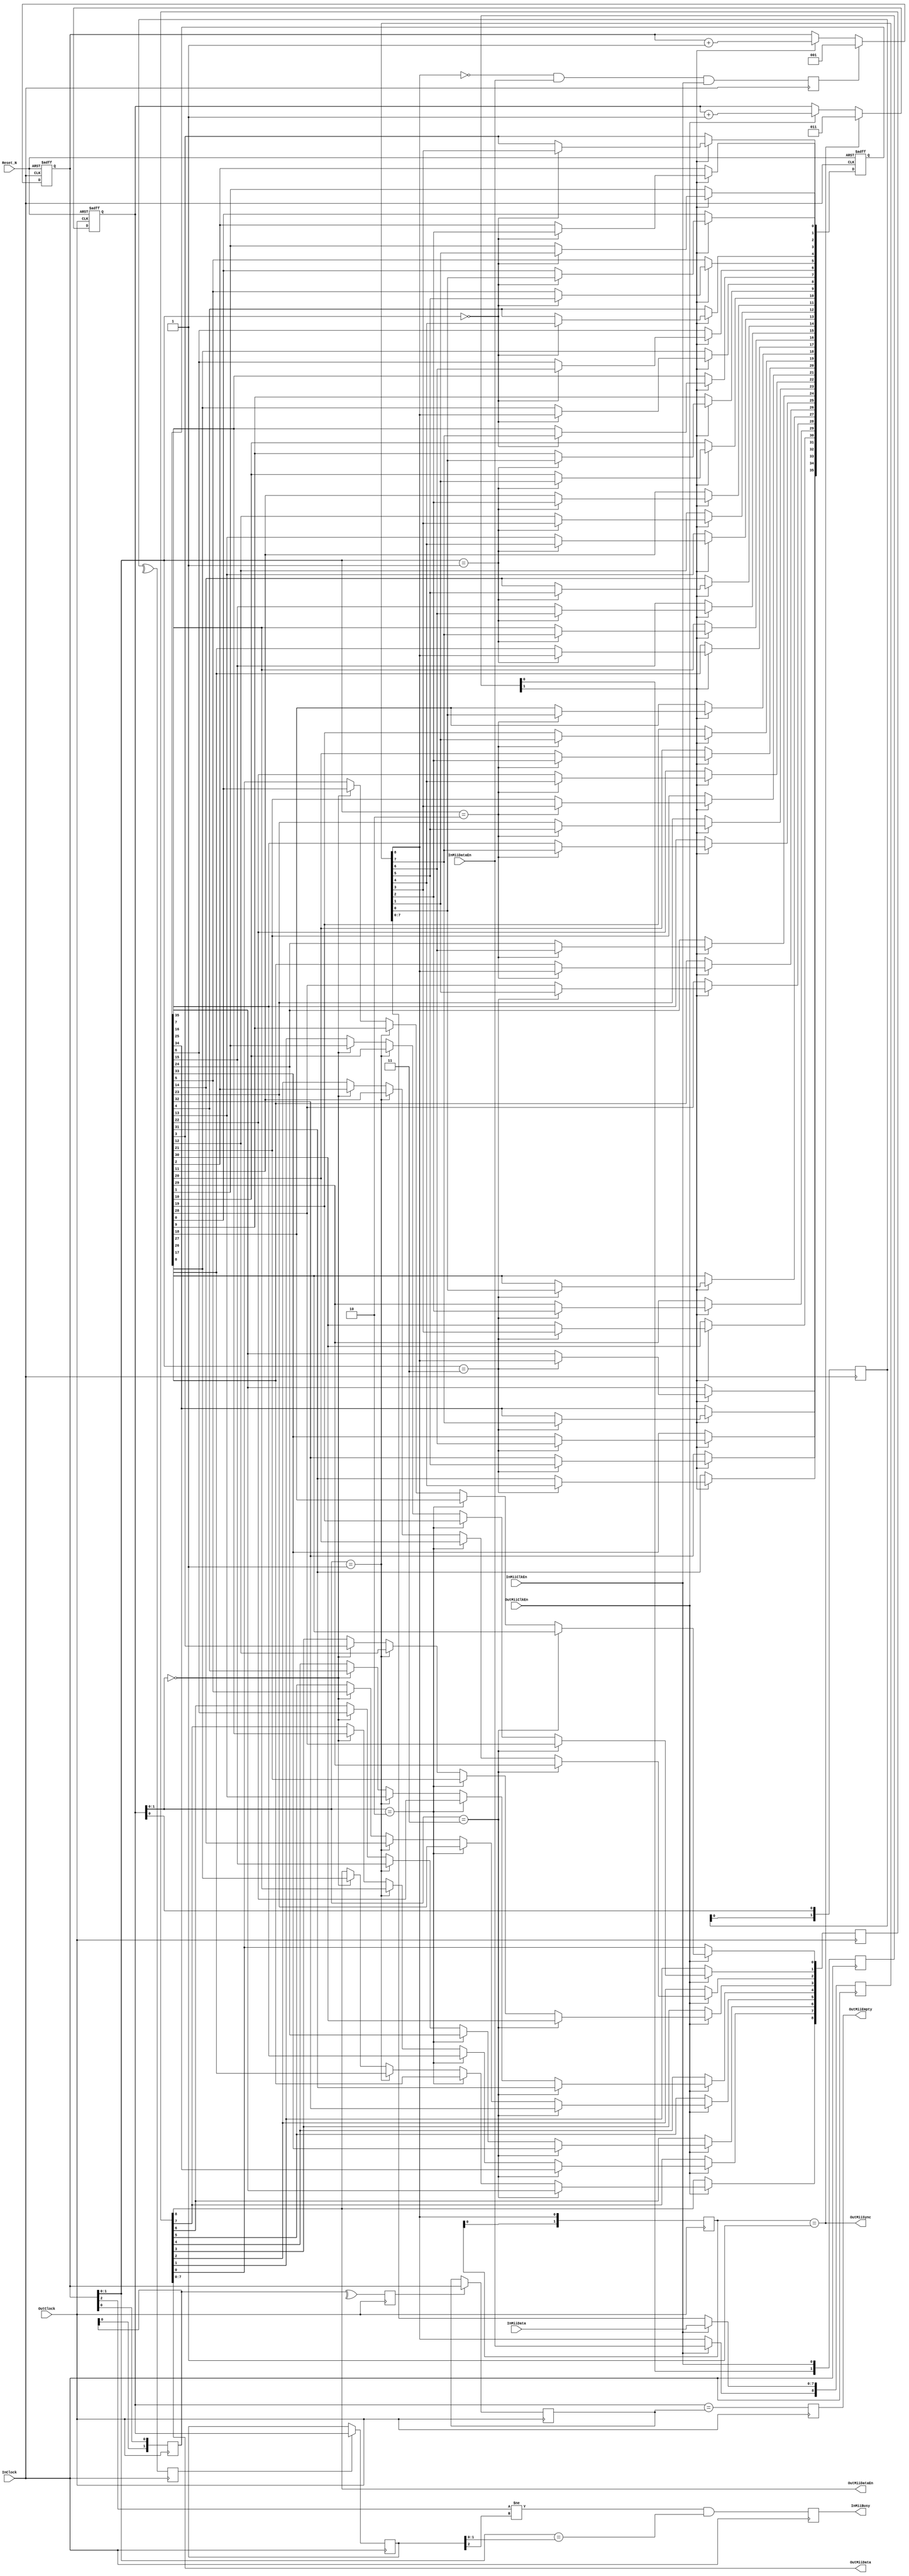
`timescale 100ps/10ps
//`define Efinity_Debug

///////////////////////////////////////////////////////////
/**********************************************************
	

	
	
	

	
	 2019-10-9
	V10
	
**********************************************************/

module  MiiDataBuff
(
	//System Signal
	Reset_N     ,	//System Reset
	//Input Port
	InClock     , //(I)Input  Clock
	InMiiClkEn	,	//(I)Input  Clock Enable For MII
	InMiiDataEn	,	//(I)Input  Data Enable For MII (TxEn or RxDv)
	InMiiData   ,	//(I)Input  Data For MII
	InMiiBusy   , //(O)Input  Busy
	//Output Port
	OutClock    , //(I)output Clock
	OutMiiClkEn	,	//(I)output Clock Enable For MII
	OutMiiDataEn,	//(O)output Data Enable For MII (TxEn or RxDv)
	OutMiiData  ,	//(O)output Data For MII
	OutMiiSync  , //(O)Output Synchronous Signal
	OutMiiEmpty   //(O)output Mii Buffer Empty
);

 	//Define  Parameter
	/////////////////////////////////////////////////////////
	parameter		TCo_C   		= 1;

	parameter   DataWidth_C = 8;
	parameter   DataDepth_C = 4;

	localparam  AddrCntWidth_C  = $clog2(DataDepth_C);
	localparam  DataCntWidth_C  = $clog2(DataWidth_C+1);
	localparam  BuffBitNum_C    = (DataWidth_C + 1) * DataDepth_C;
	localparam  SycnDataNum_C   = DataDepth_C/2+1;

	localparam  DW_C  = DataWidth_C    ;
	localparam  DD_C  = DataDepth_C    ;
	localparam  DCW_C = DataCntWidth_C ;
	localparam  ACW_C = AddrCntWidth_C ;
	localparam  BBN_C = BuffBitNum_C   ;
	localparam  SDN_C = SycnDataNum_C  ;


	/////////////////////////////////////////////////////////

	//Define Port
	/////////////////////////////////////////////////////////
	//System Signal
	input					Reset_N   ;			//System Reset

	/////////////////////////////////////////////////////////
	//Input Port
	input               InClock     ; //(I)Input  Clock
	input               InMiiClkEn	;	//(I)Input  Clock Enable For MII
	input               InMiiDataEn	;	//(I)Input  Data Enable For MII (TxEn or RxDv)
	input   [DW_C-1:0]  InMiiData   ;	//(I)Input  Data For MII
  output              InMiiBusy   ; //(O)Input  Busy

	/////////////////////////////////////////////////////////
	//Output Port
	input               OutClock    ; //(I)output Clock
	input               OutMiiClkEn	;	//(I)output Clock Enable For MII
	output              OutMiiDataEn;	//(O)output Data Enable For MII (TxEn or RxDv)
	output  [DW_C-1:0]  OutMiiData  ;	//(O)output Data For MII
  output              OutMiiSync  ; //(O)Output Synchronous Signal
	output              OutMiiEmpty ; //(O)output Mii Buffer Empty


//1111111111111111111111111111111111111111111111111111111
//
//	Input
//	output
//***************************************************/

	/////////////////////////////////////////////////////////

	reg [DW_C:0]  FifoWrData = {DW_C+1{1'h0}};

	always @( posedge InClock)
	begin
	  if (InMiiClkEn)
	  begin
	    FifoWrData[DW_C    ]  <= # TCo_C InMiiDataEn;
	    FifoWrData[DW_C-1:0]  <= # TCo_C InMiiData;
    end
  end

  wire InMiiDataAva = FifoWrData[DW_C];

	/////////////////////////////////////////////////////////
	//Write Signal must delay one clock from WrAddrSync, So the FifoWrEn need Pipeline two Clock
  reg           InMiiBusy     = 1'h0;     //(O)Input  Busy
	reg   [1:0]   FifoWrSftReg  = 2'h0;

	always @( posedge InClock)  FifoWrSftReg <= # TCo_C {FifoWrSftReg[0],InMiiClkEn};

	wire   FifoWrEn = FifoWrSftReg[1];// & (~InMiiBusy);

	/////////////////////////////////////////////////////////
	reg   WrAddrSync  = 1'h0;

	always @( posedge InClock)  WrAddrSync <= # TCo_C (~InMiiDataAva & InMiiDataEn) & InMiiClkEn;

	/////////////////////////////////////////////////////////
  reg [ACW_C:0] FifoWrAddrCnt = {ACW_C+1{1'h0}};

  always @( posedge InClock or negedge Reset_N)
  begin
    if (~Reset_N)         FifoWrAddrCnt <= # TCo_C {ACW_C+1{1'h0}};
    else if (WrAddrSync)  FifoWrAddrCnt <= # TCo_C {{ACW_C{1'h0}},1'h1};
    else if (FifoWrEn)    FifoWrAddrCnt <= # TCo_C FifoWrAddrCnt  + {{ACW_C{1'h0}},1'h1};
  end

  wire  [ACW_C-1:0] FifoWrAddr = FifoWrAddrCnt[ACW_C-1:0];

	/////////////////////////////////////////////////////////
  reg   [BBN_C-1:0] FifoDataBuff = {ACW_C{1'h0}};

  integer  i,m;
  always @( posedge InClock or negedge Reset_N)
  begin
    if (~Reset_N)             FifoDataBuff  <= # TCo_C {BBN_C{1'h0}};
    else if (FifoWrEn )
    begin
      for(i=0;i<DD_C;i=i+1)
      begin
        if (FifoWrAddr == i)
        begin
          for (m=0;m<DW_C+1;m=m+1)
          begin
            FifoDataBuff[i*(DW_C+1)+m]  <= # TCo_C FifoWrData[m];
          end
        end
      end
    end
  end

//1111111111111111111111111111111111111111111111111111111



//22222222222222222222222222222222222222222222222222222
//
//	Input
//	output
//***************************************************/

	/////////////////////////////////////////////////////////
	reg     OutMiiEmpty = 1'h0 ; //(O)output Mii Buffer Empty
	wire    FifoRdEn    =  OutMiiClkEn;// & (~OutMiiEmpty);

	/////////////////////////////////////////////////////////
	reg [1:0]   InMiiDataEnReg = 2'h0;

	always @( posedge OutClock)  InMiiDataEnReg <= # TCo_C {InMiiDataEnReg[0],InMiiDataAva};

	wire    RdAddrSync  = (InMiiDataEnReg == 2'h1);
  wire    OutMiiSync  = (InMiiDataEnReg == 2'h1);  //(O)Output Synchronous Signal

	/////////////////////////////////////////////////////////
  reg [ACW_C:0] FifoRdAddrCnt = {ACW_C+1{1'h0}};

  always @( posedge OutClock or negedge Reset_N)
  begin
    if (~Reset_N)         FifoRdAddrCnt <= # TCo_C {ACW_C+1{1'h0}};
    else if (RdAddrSync)  FifoRdAddrCnt <= # TCo_C SycnDataNum_C;
    else if (FifoRdEn)    FifoRdAddrCnt <= # TCo_C FifoRdAddrCnt  + {{ACW_C{1'h0}},1'h1};
  end

  wire  [ACW_C-1:0]  FifoRdAddr = FifoRdAddrCnt[ACW_C-1:0];

	/////////////////////////////////////////////////////////
	reg [8:0] FifoRdData = 9'h0;

  integer  j,n;
	always @( posedge OutClock)
	begin
	  if (FifoRdEn)
	  begin
      for(j=0;j<DD_C;j=j+1)
      begin
        if (FifoRdAddr == j)
        begin
          for (n=0;n<DW_C+1;n=n+1)
          begin
            FifoRdData[n] <= # TCo_C FifoDataBuff[j*(DW_C+1)+n];
          end
        end
      end
    end
  end

	/////////////////////////////////////////////////////////
	wire              OutMiiDataEn  = FifoRdData[DW_C    ];	//(O)output Data Enable For MII (TxEn or RxDv)
	wire  [DW_C-1:0]  OutMiiData    = FifoRdData[DW_C-1:0];	//(O)output Data For MII

//22222222222222222222222222222222222222222222222222222




//3333333333333333333333333333333333333333333333333333333
//
//	Input
//	output
//***************************************************/

	/////////////////////////////////////////////////////////
	reg   [1:0]   RdAddrLowReg  = 2'h0;
	reg           RdAddrChg     = 1'h0;
	reg [ACW_C:0] CurrRdAddr    = {ACW_C+1{1'h0}};

	always @( posedge InClock )  RdAddrLowReg   <= # TCo_C {RdAddrLowReg[0],FifoRdAddrCnt[0]};
	always @( posedge InClock )  RdAddrChg      <= # TCo_C (^RdAddrLowReg);
	always @( posedge InClock )  if (RdAddrChg)   CurrRdAddr  <= # TCo_C FifoRdAddrCnt;
	always @( posedge InClock )  InMiiBusy      <= # TCo_C (FifoWrAddrCnt[ACW_C    ] !=  CurrRdAddr[ACW_C    ])
	                                                     & (FifoWrAddrCnt[ACW_C-1:0] ==  CurrRdAddr[ACW_C-1:0]);


	reg   [1:0]   WrAddrLowReg  = 2'h0;
	reg           WrAddrChg     = 1'h0;
	reg [ACW_C:0] CurrWrAddr    = {ACW_C+1{1'h0}};

	always @( posedge OutClock)  WrAddrLowReg   <= # TCo_C {WrAddrLowReg[0],FifoWrAddrCnt[0]};
	always @( posedge OutClock)  WrAddrChg      <= # TCo_C (^WrAddrLowReg);
	always @( posedge OutClock)  if (WrAddrChg)   CurrWrAddr  <= # TCo_C FifoWrAddrCnt;
	always @( posedge OutClock)  OutMiiEmpty    <= # TCo_C FifoRdAddrCnt == CurrWrAddr;

//3333333333333333333333333333333333333333333333333333333

endmodule